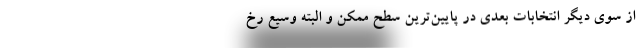
از سوی دیگر انتخابات بعدی در پایین‌ترین سطح ممکن و البته وسیع رخ